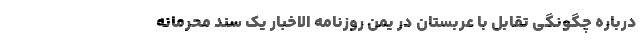
درباره چگونگی تقابل با عربستان در یمن روزنامه الاخبار یک سند محرمانه